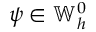
\psi \in \mathbb { W } _ { h } ^ { 0 }